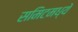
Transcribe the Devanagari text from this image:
समिटमध्ये